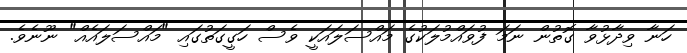
ހަނާ ވިދާޅުވާ ގޮތުން ނަމަ ފުވައްމުލަކުގެ މައްސަލައަކީ ވެސް ހަގީގަތުގައި "މައްސަލައެއް" ނޫނެވެ.